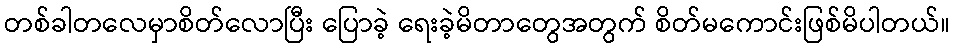
တစ်ခါတလေမှာစိတ်လောပြီး ပြောခဲ့ ရေးခဲ့မိတာတွေအတွက် စိတ်မကောင်းဖြစ်မိပါတယ်။